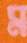
ম